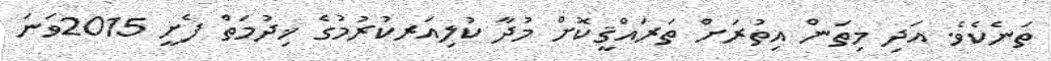
ތަނެކެވެ. އަދި މިތަން އިތުރަށް ތަރައްޤީކޮށް މުދާ ކުލިއަރކުރުމުގެ ޚިދުމަތް ފެށީ 2015ވަނަ